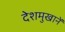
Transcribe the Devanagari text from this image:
देशमुखानें